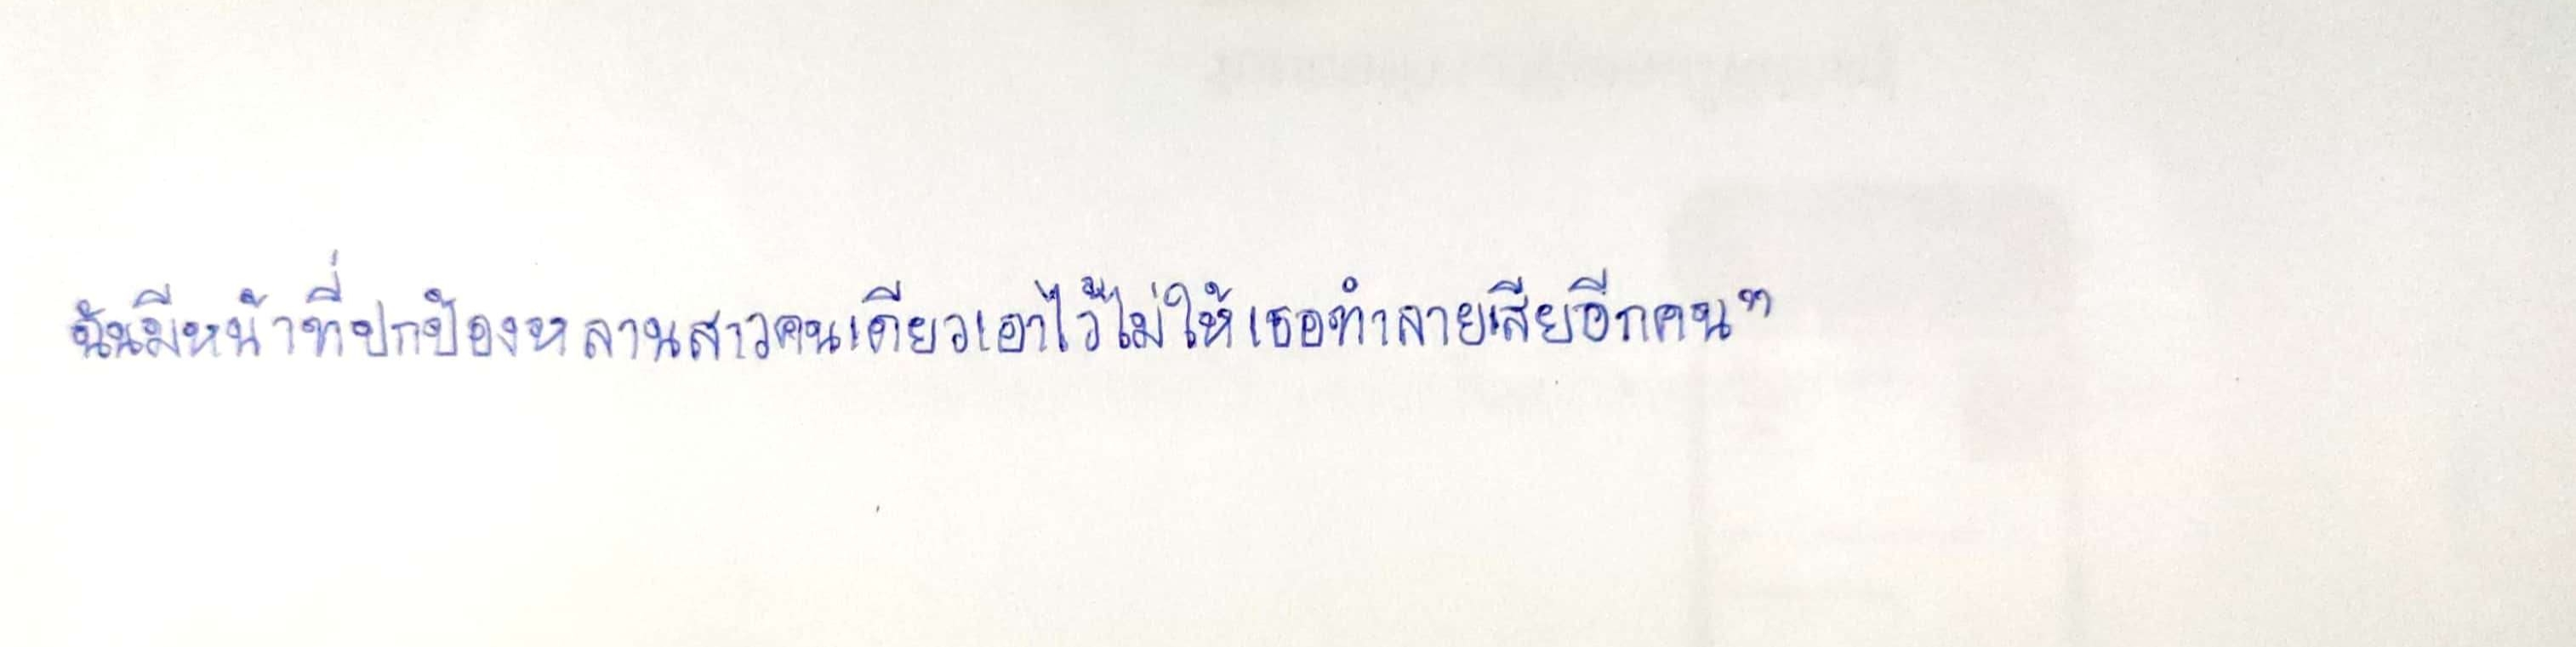
ฉันมีหน้าที่ปกป้องหลานสาวคนเดียวเอาไว้ไม่ให้เธอทำลายเสียอีกคน"